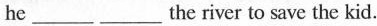
he ___ ___the river to save the kid.